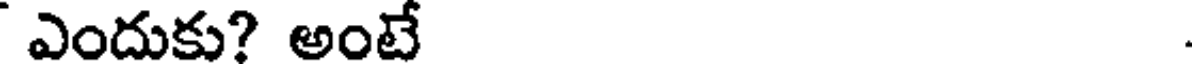
ఎందుకు? అంటే